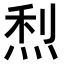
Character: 𤉉